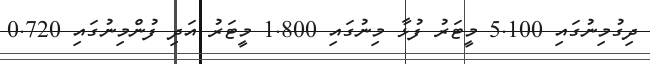
ދިގުމިނުގައި 5.100 މީޓަރު ފުޅާ މިނުގައި 1.800 މީޓަރު އަދި ފުންމިނުގައި 0.720